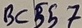
Text: BC557